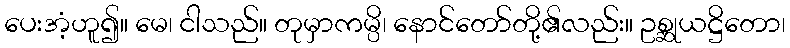
ပေးအံ့ဟူ၍။ မေ၊ ငါသည်။ တုမှာကမ္ပိ၊ နောင်တော်တို့၏လည်း။ ဥစ္ဆုယဋ္ဌိတော၊